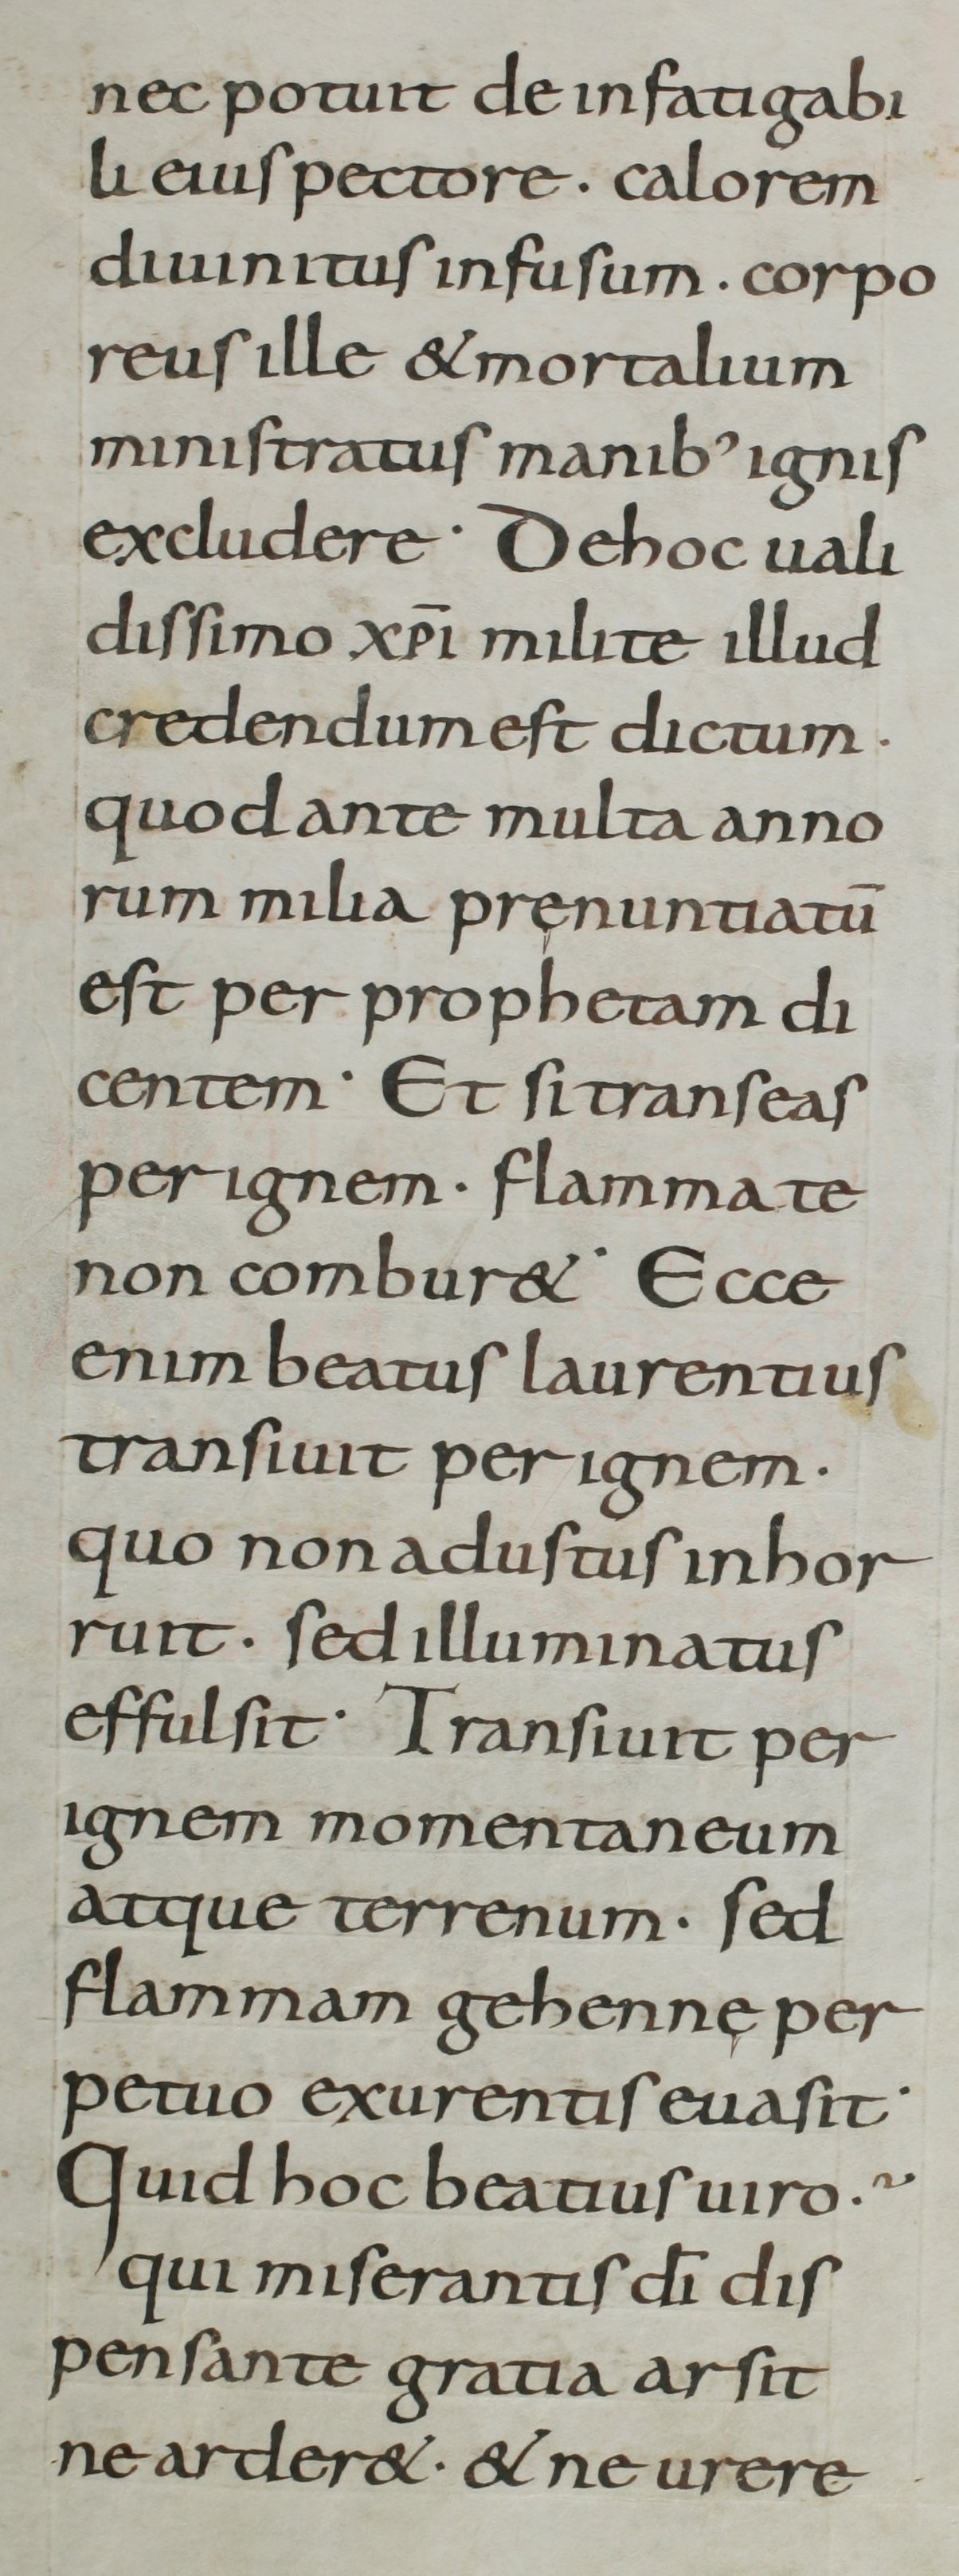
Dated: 800–899